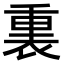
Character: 𫟚